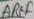
Text: AREF